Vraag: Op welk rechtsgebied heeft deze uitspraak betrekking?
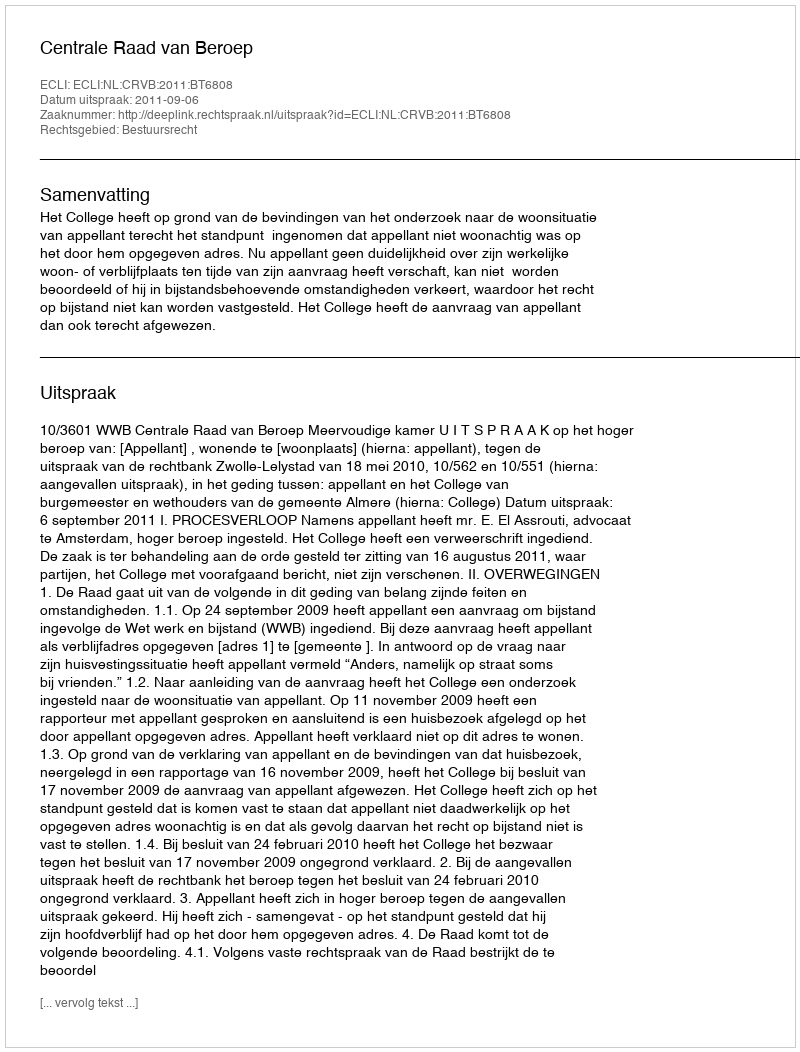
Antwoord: Bestuursrecht